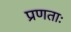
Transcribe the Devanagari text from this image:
प्रणताः